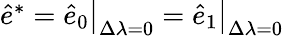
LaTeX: \begin{array}{r}{\hat{e}^{*}=\hat{e}_{0}\big\rvert_{\Delta\lambda=0}=\hat{e}_{1}\big\rvert_{\Delta\lambda=0}\, }\end{array}